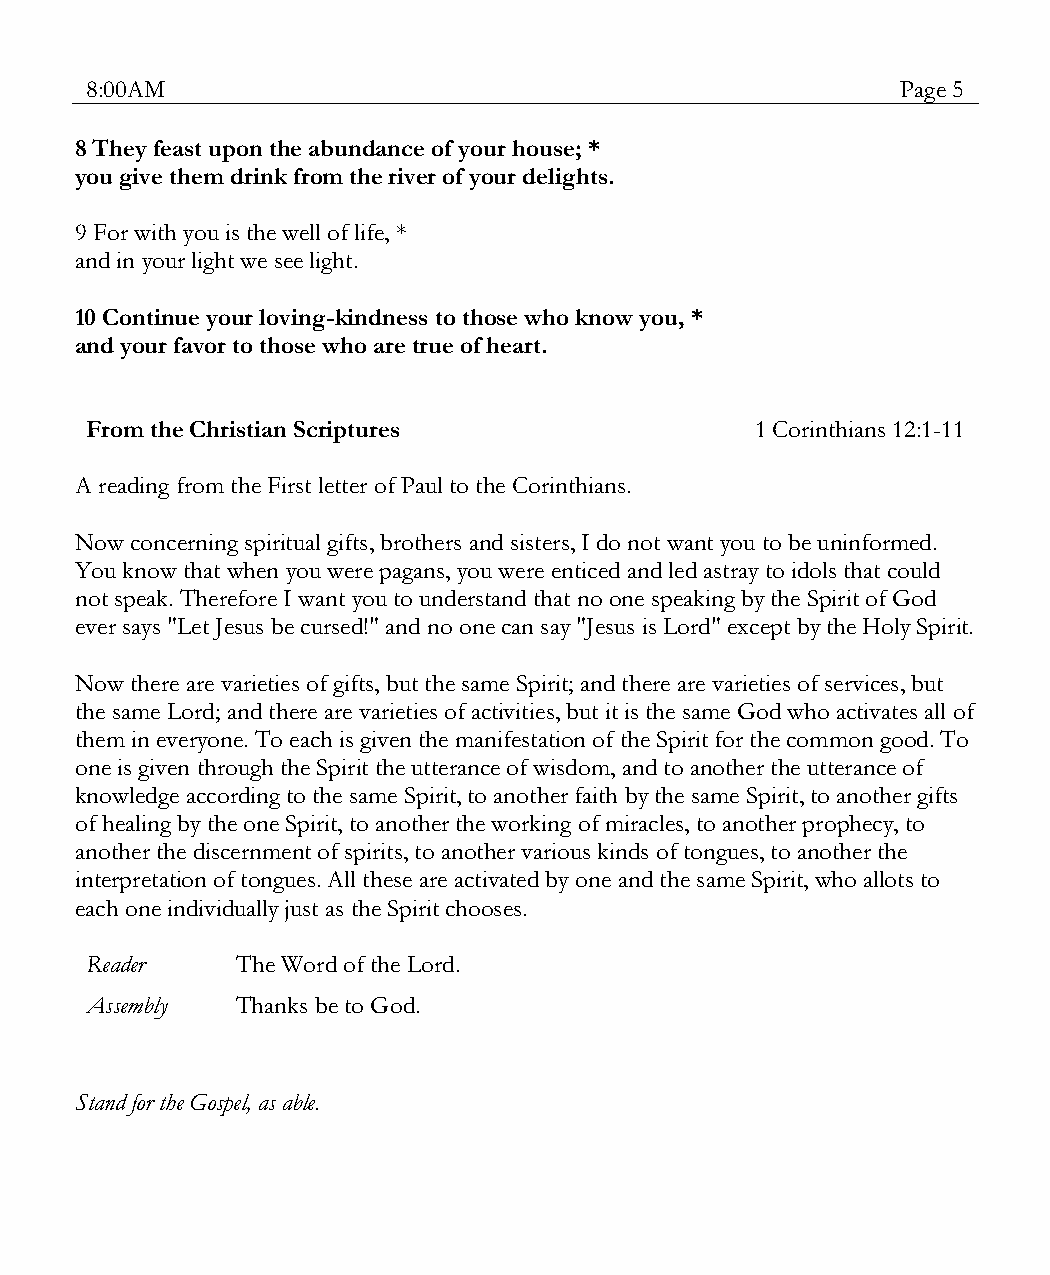
8:00AM                                                Page 5
 8 They feast upon the abundance of your house; *
 you give them drink from the river of your delights.
 9 For with you is the well of life, *
 and in your light we see light.
 10 Continue your loving-kindness to those who know you, *
 and your favor to those who are true of heart.
 From the Christian Scriptures               1 Corinthians 12:1-11
 A reading from the First letter of Paul to the Corinthians.
 Now concerning spiritual gifts, brothers and sisters, I do not want you to be uninformed.
 You know that when you were pagans, you were enticed and led astray to idols that could
 not speak. Therefore I want you to understand that no one speaking by the Spirit of God
 ever says "Let Jesus be cursed!" and no one can say "Jesus is Lord" except by the Holy Spirit.
 Now there are varieties of gifts, but the same Spirit; and there are varieties of services, but
 the same Lord; and there are varieties of activities, but it is the same God who activates all of
 them in everyone. To each is given the manifestation of the Spirit for the common good. To
 one is given through the Spirit the utterance of wisdom, and to another the utterance of
 knowledge according to the same Spirit, to another faith by the same Spirit, to another gifts
 of healing by the one Spirit, to another the working of miracles, to another prophecy, to
 another the discernment of spirits, to another various kinds of tongues, to another the
 interpretation of tongues. All these are activated by one and the same Spirit, who allots to
 each one individually just as the Spirit chooses.
 Reader    The Word of the Lord.
 Assembly  Thanks be to God.
 Stand for the Gospel, as able.